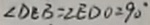
\angle D E B = \angle E D O = 9 0 ^ { \circ }